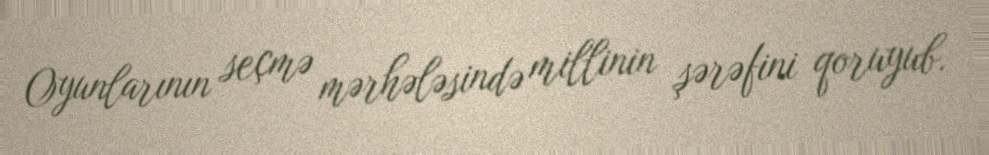
Oyunlarının seçmə mərhələsində millinin şərəfini qoruyub.